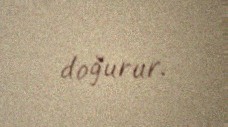
doğurur.